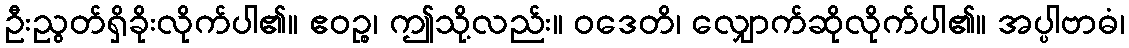
ဦးညွတ်ရှိခိုးလိုက်ပါ၏။ ဧဝဉ္စ၊ ဤသို့လည်း။ ဝဒေတိ၊ လျှောက်ဆိုလိုက်ပါ၏။ အပ္ပါဗာဓံ၊